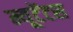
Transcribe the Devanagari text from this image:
म्यूटेंटस